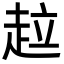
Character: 趇